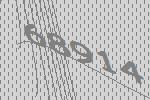
68914